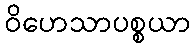
ဝိဟေသာပစ္စယာ